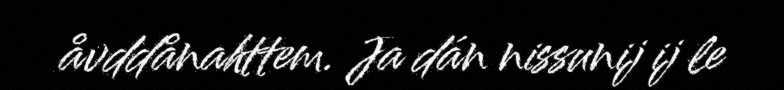
åvddånahttem. Ja dán nissunij ij le